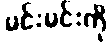
မင်းမင်းကို